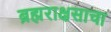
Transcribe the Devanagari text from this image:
ब्रह्मराक्षसाचा